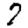
Digit: 7